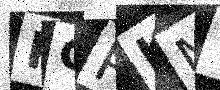
Text: KGRKMY